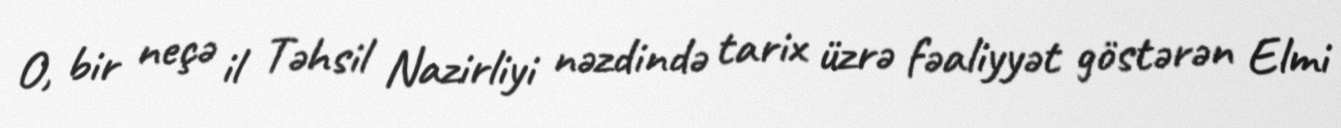
O, bir neçə il Təhsil Nazirliyi nəzdində tarix üzrə fəaliyyət göstərən Elmi